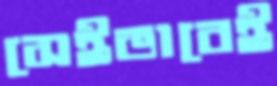
সেইভাবেই